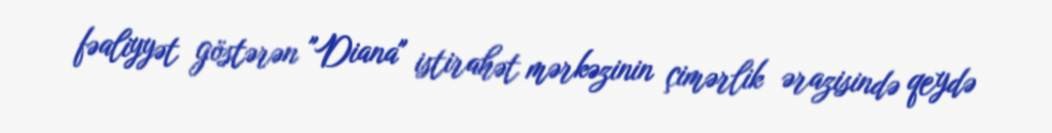
fəaliyyət göstərən "Diana" istirahət mərkəzinin çimərlik ərazisində qeydə